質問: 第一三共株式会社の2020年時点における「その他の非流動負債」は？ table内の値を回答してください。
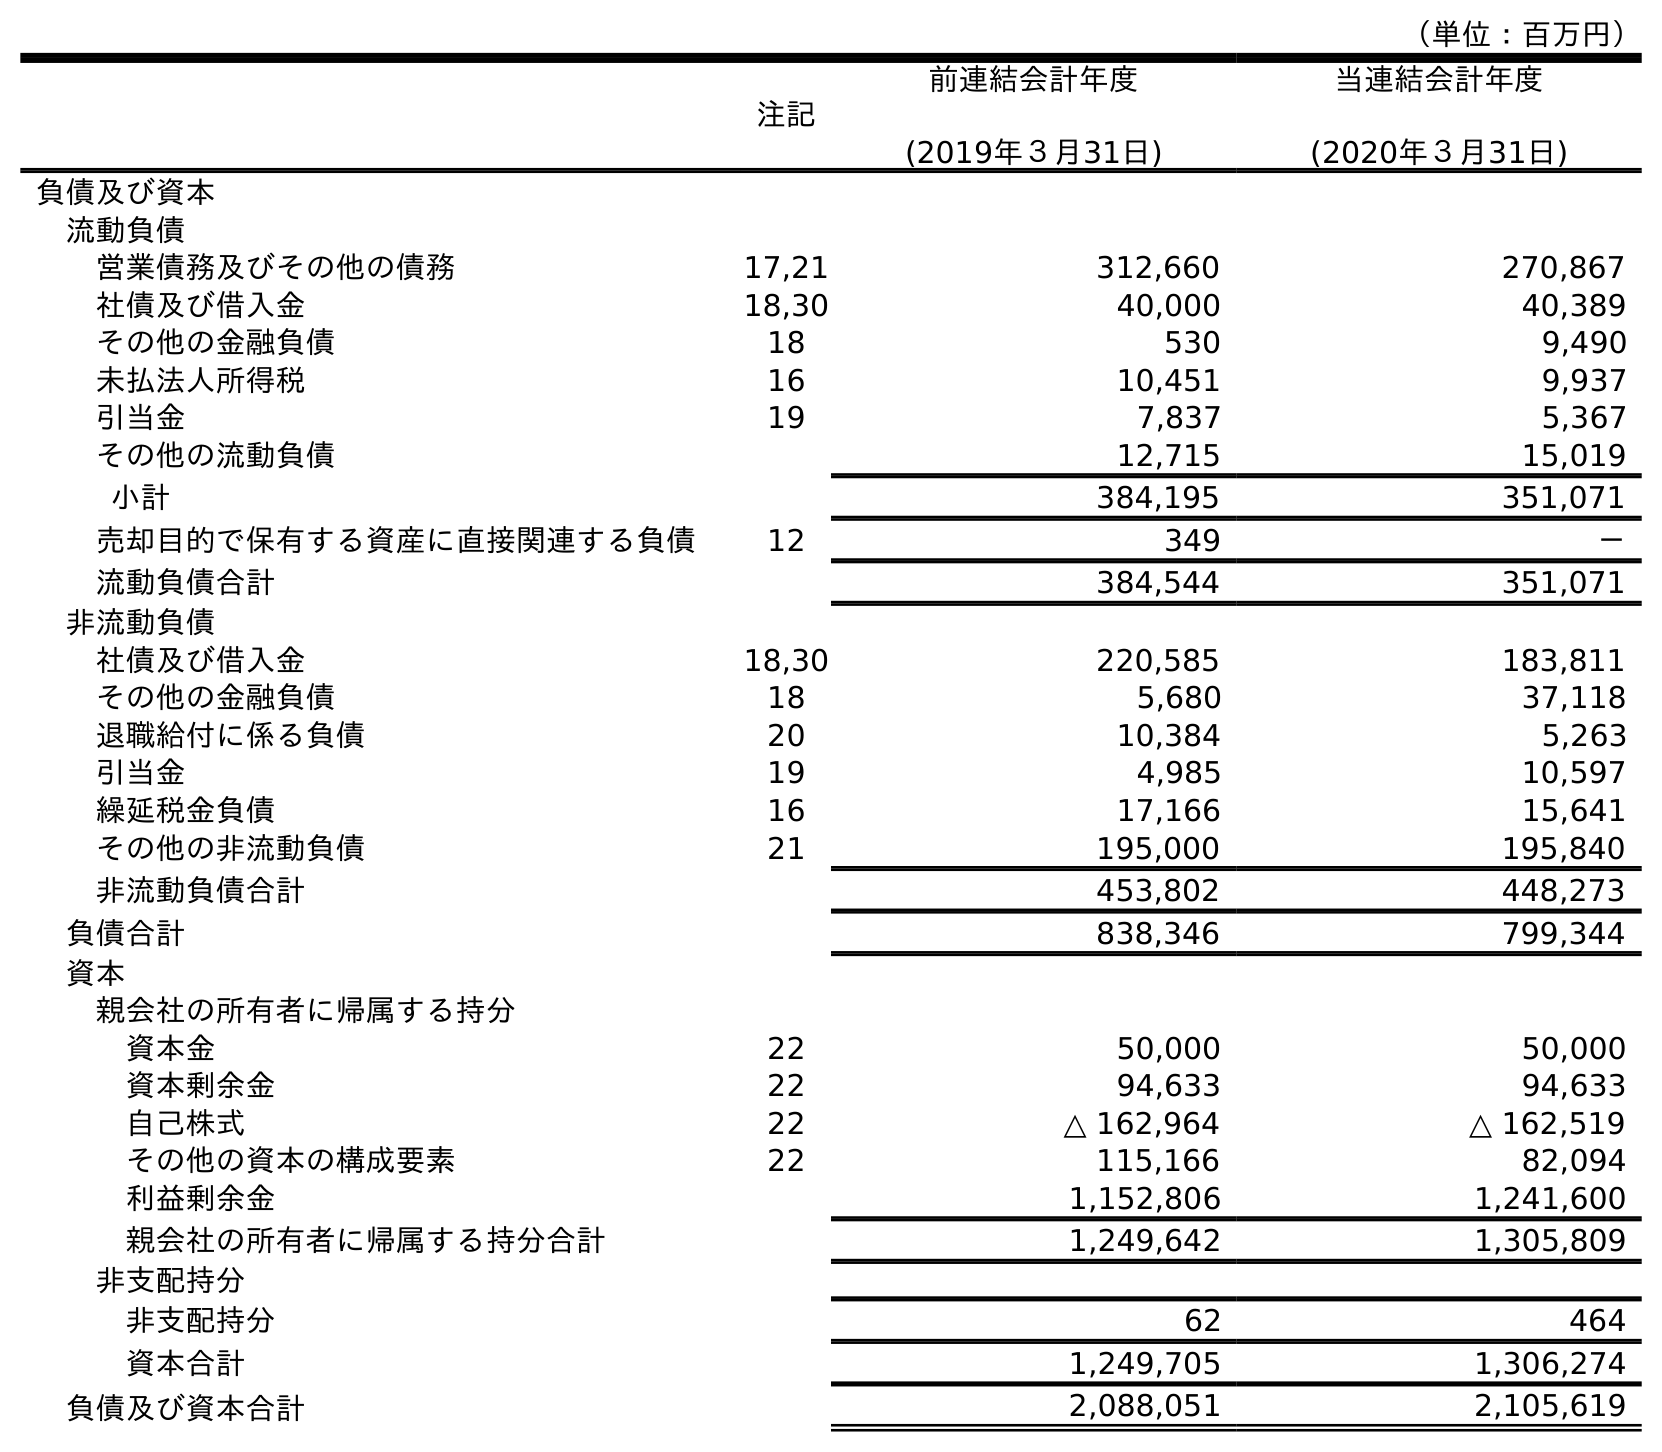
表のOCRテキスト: （単位：百万円） 注記 前連結会計年度 (2019年３月31日) 当連結会計年度 (2020年３月31日) 負債及び資本 流動負債 営業債務及びその他の債務 17,21 312,660 270,867 社債及び借入金 18,30 40,000 40,389 その他の金融負債 18 530 9,490 未払法人所得税 16 10,451 9,937 引当金 19 7,837 5,367 その他の流動負債 12,715 15,019 小計 384,195 351,071 売却目的で保有する資産に直接関連する負債 12 349 － 流動負債合計 384,544 351,071 非流動負債 社債及び借入金 18,30 220,585 183,811 その他の金融負債 18 5,680 37,118 退職給付に係る負債 20 10,384 5,263 引当金 19 4,985 10,597 繰延税金負債 16 17,166 15,641 その他の非流動負債 21 195,000 195,840 非流動負債合計 453,802 448,273 負債合計 838,346 799,344 資本 親会社の所有者に帰属する持分 資本金 22 50,000 50,000 資本剰余金 22 94,633 94,633 自己株式 22 △ 162,964 △ 162,519 その他の資本の構成要素 22 115,166 82,094 利益剰余金 1,152,806 1,241,600 親会社の所有者に帰属する持分合計 1,249,642 1,305,809 非支配持分 非支配持分 62 464 資本合計 1,249,705 1,306,274 負債及び資本合計 2,088,051 2,105,619
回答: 195,840